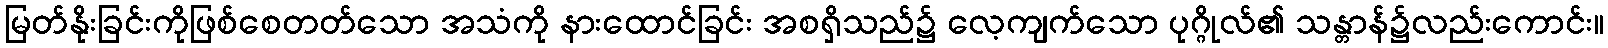
မြတ်နိုးခြင်းကိုဖြစ်စေတတ်သော အသံကို နားထောင်ခြင်း အစရှိသည်၌ လေ့ကျက်သော ပုဂ္ဂိုလ်၏ သန္တာန်၌လည်းကောင်း။